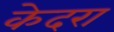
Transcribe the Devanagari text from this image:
केदरा